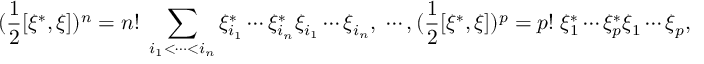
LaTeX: ( \frac 1 2 [ \xi ^ { * } , \xi ] ) ^ { n } = n ! \; \sum _ { i _ { 1 } < \cdots < i _ { n } } \xi _ { i _ { 1 } } ^ { * } \cdots \xi _ { i _ { n } } ^ { * } \xi _ { i _ { 1 } } \cdots \xi _ { i _ { n } } , \; \cdots , ( \frac 1 2 [ \xi ^ { * } , \xi ] ) ^ { p } = p ! \; \xi _ { 1 } ^ { * } \cdots \xi _ { p } ^ { * } \xi _ { 1 } \cdots \xi _ { p } ,